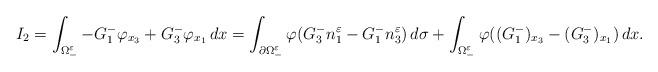
LaTeX: \begin{align*}I_2&=\int_{\Omega_-^{\varepsilon}}-G_1^-\varphi_{x_3}+G_3^-\varphi_{x_1}\, dx=\int_{\partial \Omega^{\varepsilon}_-}\varphi (G_3^- n_1^{\varepsilon}-G_1^- n_3^{\varepsilon})\, d\sigma+\int_{\Omega^{\varepsilon}_{-}}\varphi((G_1^-)_{x_3}-(G_3^-)_{x_1})\, dx.\end{align*}